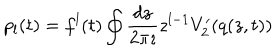
p _ { l } ( t ) = f ^ { l } ( t ) \oint \frac { d z } { 2 \pi \imath } z ^ { l - 1 } V _ { 2 } ^ { \prime } ( q ( z , t ) )